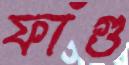
ফাঁগু